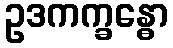
ဥဒကက္ခန္ဓော